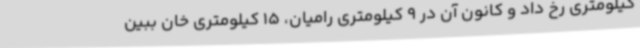
کیلومتری رخ داد و کانون آن در 9 کیلومتری رامیان، 15 کیلومتری خان ببین